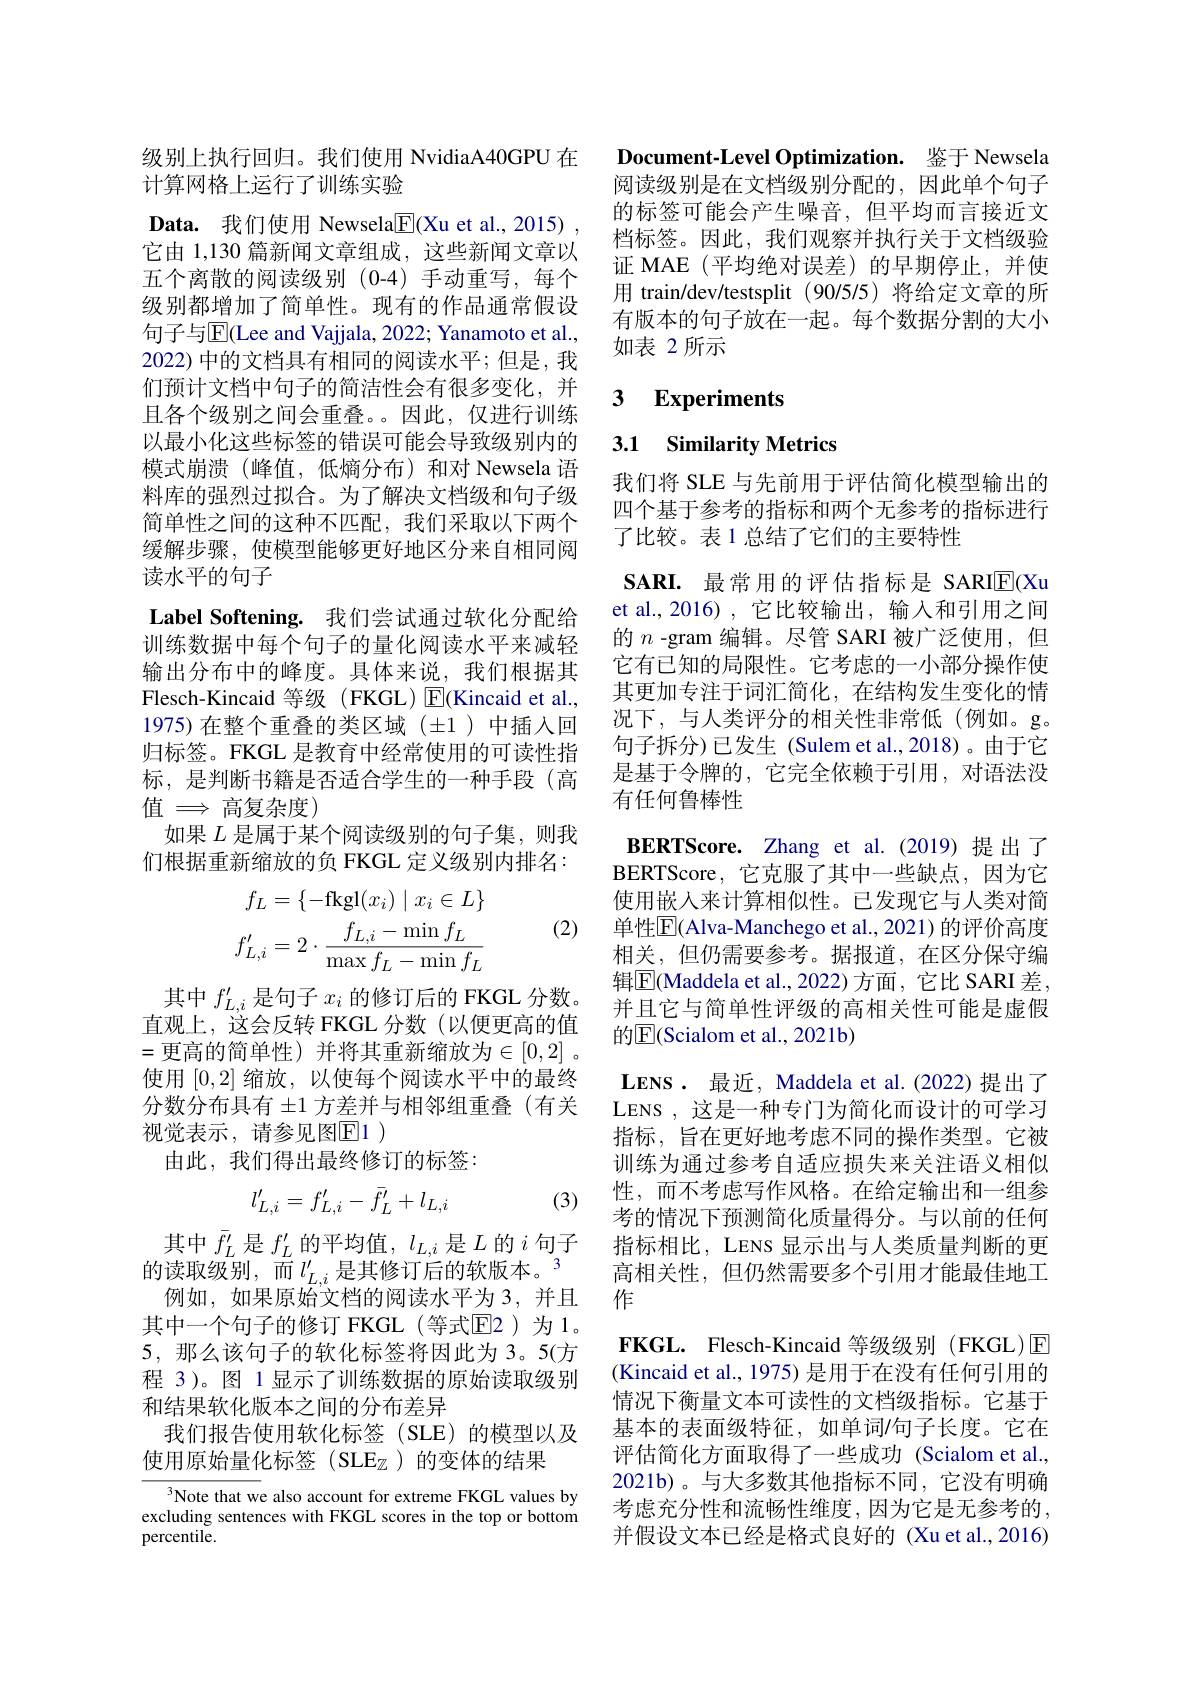
级别上执行回归。我们使用 NvidiaA40GPU 在
计算网格上运行了训练实验
Data. 我们使用 Newsela$\underline{\mathrm{E}}($Xu et al.,2015) , 它由 1,130 篇新闻文章组成，这些新闻文章以五个离散的阅读级别(0-4)手动重写，每个级别都增加了简单性。现有的作品通常假设句子与$\overline{\mathrm{E}}($Lee and Vajjala, 2022; Yanamoto et al., 2022) 中的文档具有相同的阅读水平；但是，我们预计文档中句子的简洁性会有很多变化，并且各个级别之间会重叠。因此，仅进行训练以最小化这些标签的错误可能会导致级别内的模式崩溃 (峰值，低熵分布)和对 Newsela 语料库的强烈过拟合。为了解决文档级和句子级简单性之间的这种不匹配，我们采取以下两个缓解步骤，使模型能够更好地区分来自相同阅读水平的句子
Label Softening. 我们尝试通过软化分配给训练数据中每个句子的量化阅读水平来减轻输出分布中的峰度。具体来说，我们根据其Flesch-Kincaid 等级 (FKGL) E(Kincaid et al. , 1975) 在整个重叠的类区域(±1)中插入回归标签。FKGL 是教育中经常使用的可读性指标，是判断书籍是否适合学生的一种手段(高值 $\Longrightarrow$ 高复杂度)
如果$L$是属于某个阅读级别的句子集，则我们根据重新缩放的负 FKGL 定义级别内排名：

(2)
$$\begin{aligned}f_L&=\{-\mathrm{fkgl}(x_i)\mid x_i\in L\}\\f_{L,i}'&=2\cdot\frac{f_{L,i}-\min f_L}{\max f_L-\min f_L}\end{aligned}$$
其中$f_{L,i}^{\prime}$是句子$x_i$的修订后的 FKGL 分数。直观上，这会反转 FKGL 分数(以便更高的值=更高的简单性)并将其重新缩放为$\in[0,2]$。使用[0,2]缩放，以使每个阅读水平中的最终分数分布具有$\pm1$方差并与相邻组重叠(有关视觉表示，请参见图$\mathbb{E}1$
由此，我们得出最终修订的标签：

(3)
$$l'_{L,i}=f'_{L,i}-\bar{f'}_{L}+l_{L,i}$$
其中$\bar{f}_L^{\prime}$是$f_L^{\prime}$的平均值，$l_L,i$是$L$的$i$句子的读取级别，而$l_L,i^{\prime}$是其修订后的软版本。$^3$
例如，如果原始文档的阅读水平为3，并且其中一个句子的修订 FKGL(等式$\overline{\mathrm{E}}$2)为1。5,那么该句子的软化标签将因此为 3。5(方程 3)。图 1 显示了训练数据的原始读取级别和结果软化版本之间的分布差异
我们报告使用软化标签(SLE)的模型以及
使用原始量化标签(SLE_Z)的变体的结果

Note that we also account for extreme FKGL values by excluding sentences with FKGL scores in the top or bottom percentile.

Document-Level Optimization. 鉴于 Newsela

阅读级别是在文档级别分配的，因此单个句子的标签可能会产生噪音，但平均而言接近文档标签。因此，我们观察并执行关于文档级验证 MAE(平均绝对误差)的早期停止，并使用 train/dev/testsplit (90/5/5)将给定文章的所有版本的句子放在一起。每个数据分割的大小如表 2 所示

### $\textbf{3}$ $\textbf{Experiments}$

3.1 Similarity Metrics

我们将 SLE 与先前用于评估简化模型输出的四个基于参考的指标和两个无参考的指标进行了比较。表1总结了它们的主要特性

SARI. 最常用的评估指标是 SARIE(Xu et al.,2016),它比较输出，输入和引用之间的$n$ -gram 编辑。尽管 SARI 被广泛使用，但它有已知的局限性。它考虑的一小部分操作使其更加专注于词汇简化，在结构发生变化的情况下，与人类评分的相关性非常低(例如。g。句子拆分)已发生 (Sulem et al.,2018)。由于它是基于令牌的，它完全依赖于引用，对语法没有任何鲁棒性
$\mathbf{BERTScore.}$ Zhang et al.(2019)提出了BERTScore,它克服了其中一些缺点，因为它使用嵌入来计算相似性。已发现它与人类对简单性$\overline{\mathrm{E}}($Alva-Manchego et al., 2021) 的评价高度相关，但仍需要参考。据报道，在区分保守编辑$\overline{\mathrm{E}}$(Maddela et al.,2022)方面，它比 SARI 差， 并且它与简单性评级的高相关性可能是虚假的E(Scialom et al., 2021b)
LENS. 最近，Maddela et al.(2022)提出了LENS , 这是一种专门为简化而设计的可学习指标，旨在更好地考虑不同的操作类型。它被训练为通过参考自适应损失来关注语义相似性，而不考虑写作风格。在给定输出和一组参考的情况下预测简化质量得分。与以前的任何指标相比，LENS 显示出与人类质量判断的更高相关性，但仍然需要多个引用才能最佳地工作
FKGL. Flesch-Kincaid 等级级别 (FKGL)E (Kincaid et al., 1975) 是用于在没有任何引用的情况下衡量文本可读性的文档级指标。它基于基本的表面级特征，如单词/句子长度。它在评估简化方面取得了一些成功 (Scialom et al., 2021b)。与大多数其他指标不同，它没有明确考虑充分性和流畅性维度，因为它是无参考的， 并假设文本已经是格式良好的 (Xu et al., 2016)